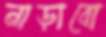
নাড়াবো